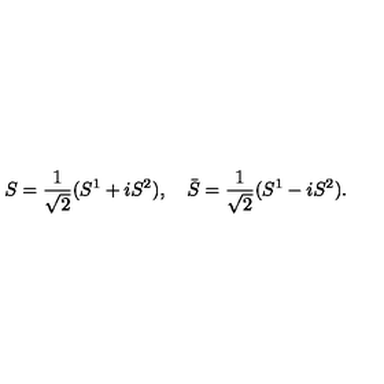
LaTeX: S = \frac { 1 } { \sqrt { 2 } } ( S ^ { 1 } + i S ^ { 2 } ) , \quad \bar { S } = \frac { 1 } { \sqrt { 2 } } ( S ^ { 1 } - i S ^ { 2 } ) .